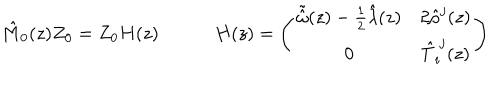
LaTeX: \begin{array} { c c } { { \hat { M } _ { 0 } ( z ) Z _ { 0 } = Z _ { 0 } H ( z ) ~ } } & { { ~ H ( z ) = \left( \begin{array} { c c } { { \tilde { \hat { \omega } } ( z ) - \frac { 1 } { 2 } \hat { \lambda } ( z ) } } & { { 2 \hat { \rho } ^ { j } ( z ) } } \\ { { 0 } } & { { \hat { T } _ { i } ^ { ~ j } ( z ) } } \\ \end{array} \right) } } \\ \end{array}